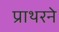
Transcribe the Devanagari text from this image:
प्राथरने